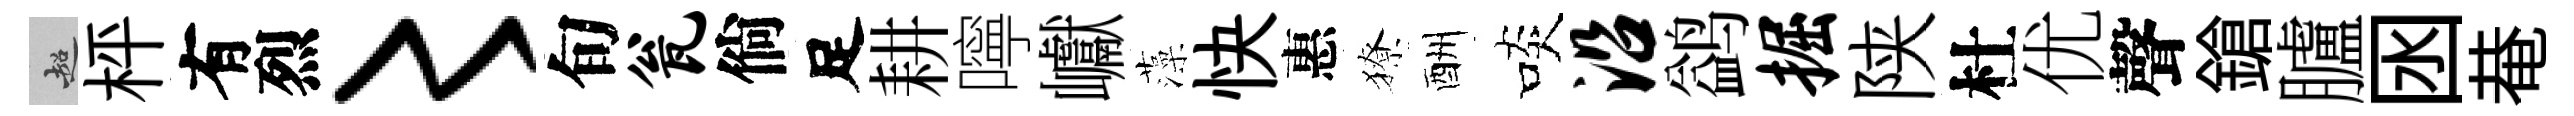
超枰有烈〻旬瓮倘足耕嚀巘藻快惠獠酬啖沿鹢掘陕杜优聲鎗臚囦𤲅